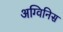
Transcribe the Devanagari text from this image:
अग्विनिस